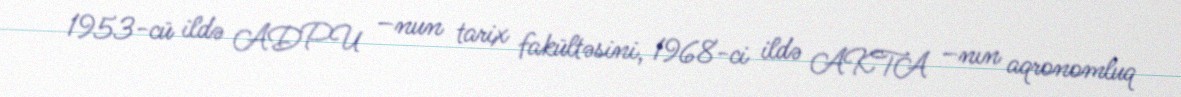
1953-cü ildə ADPU –nun tarix fakültəsini, 1968-ci ildə AKTA –nın aqronomluq